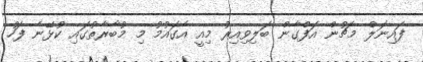
ފައިނަލް މެޗުން އަފްގާން ބަލިވިއިރު މިއީ އެގައުމު މި މުބާރާތުގައި ކުޅޭނެ ފަހު